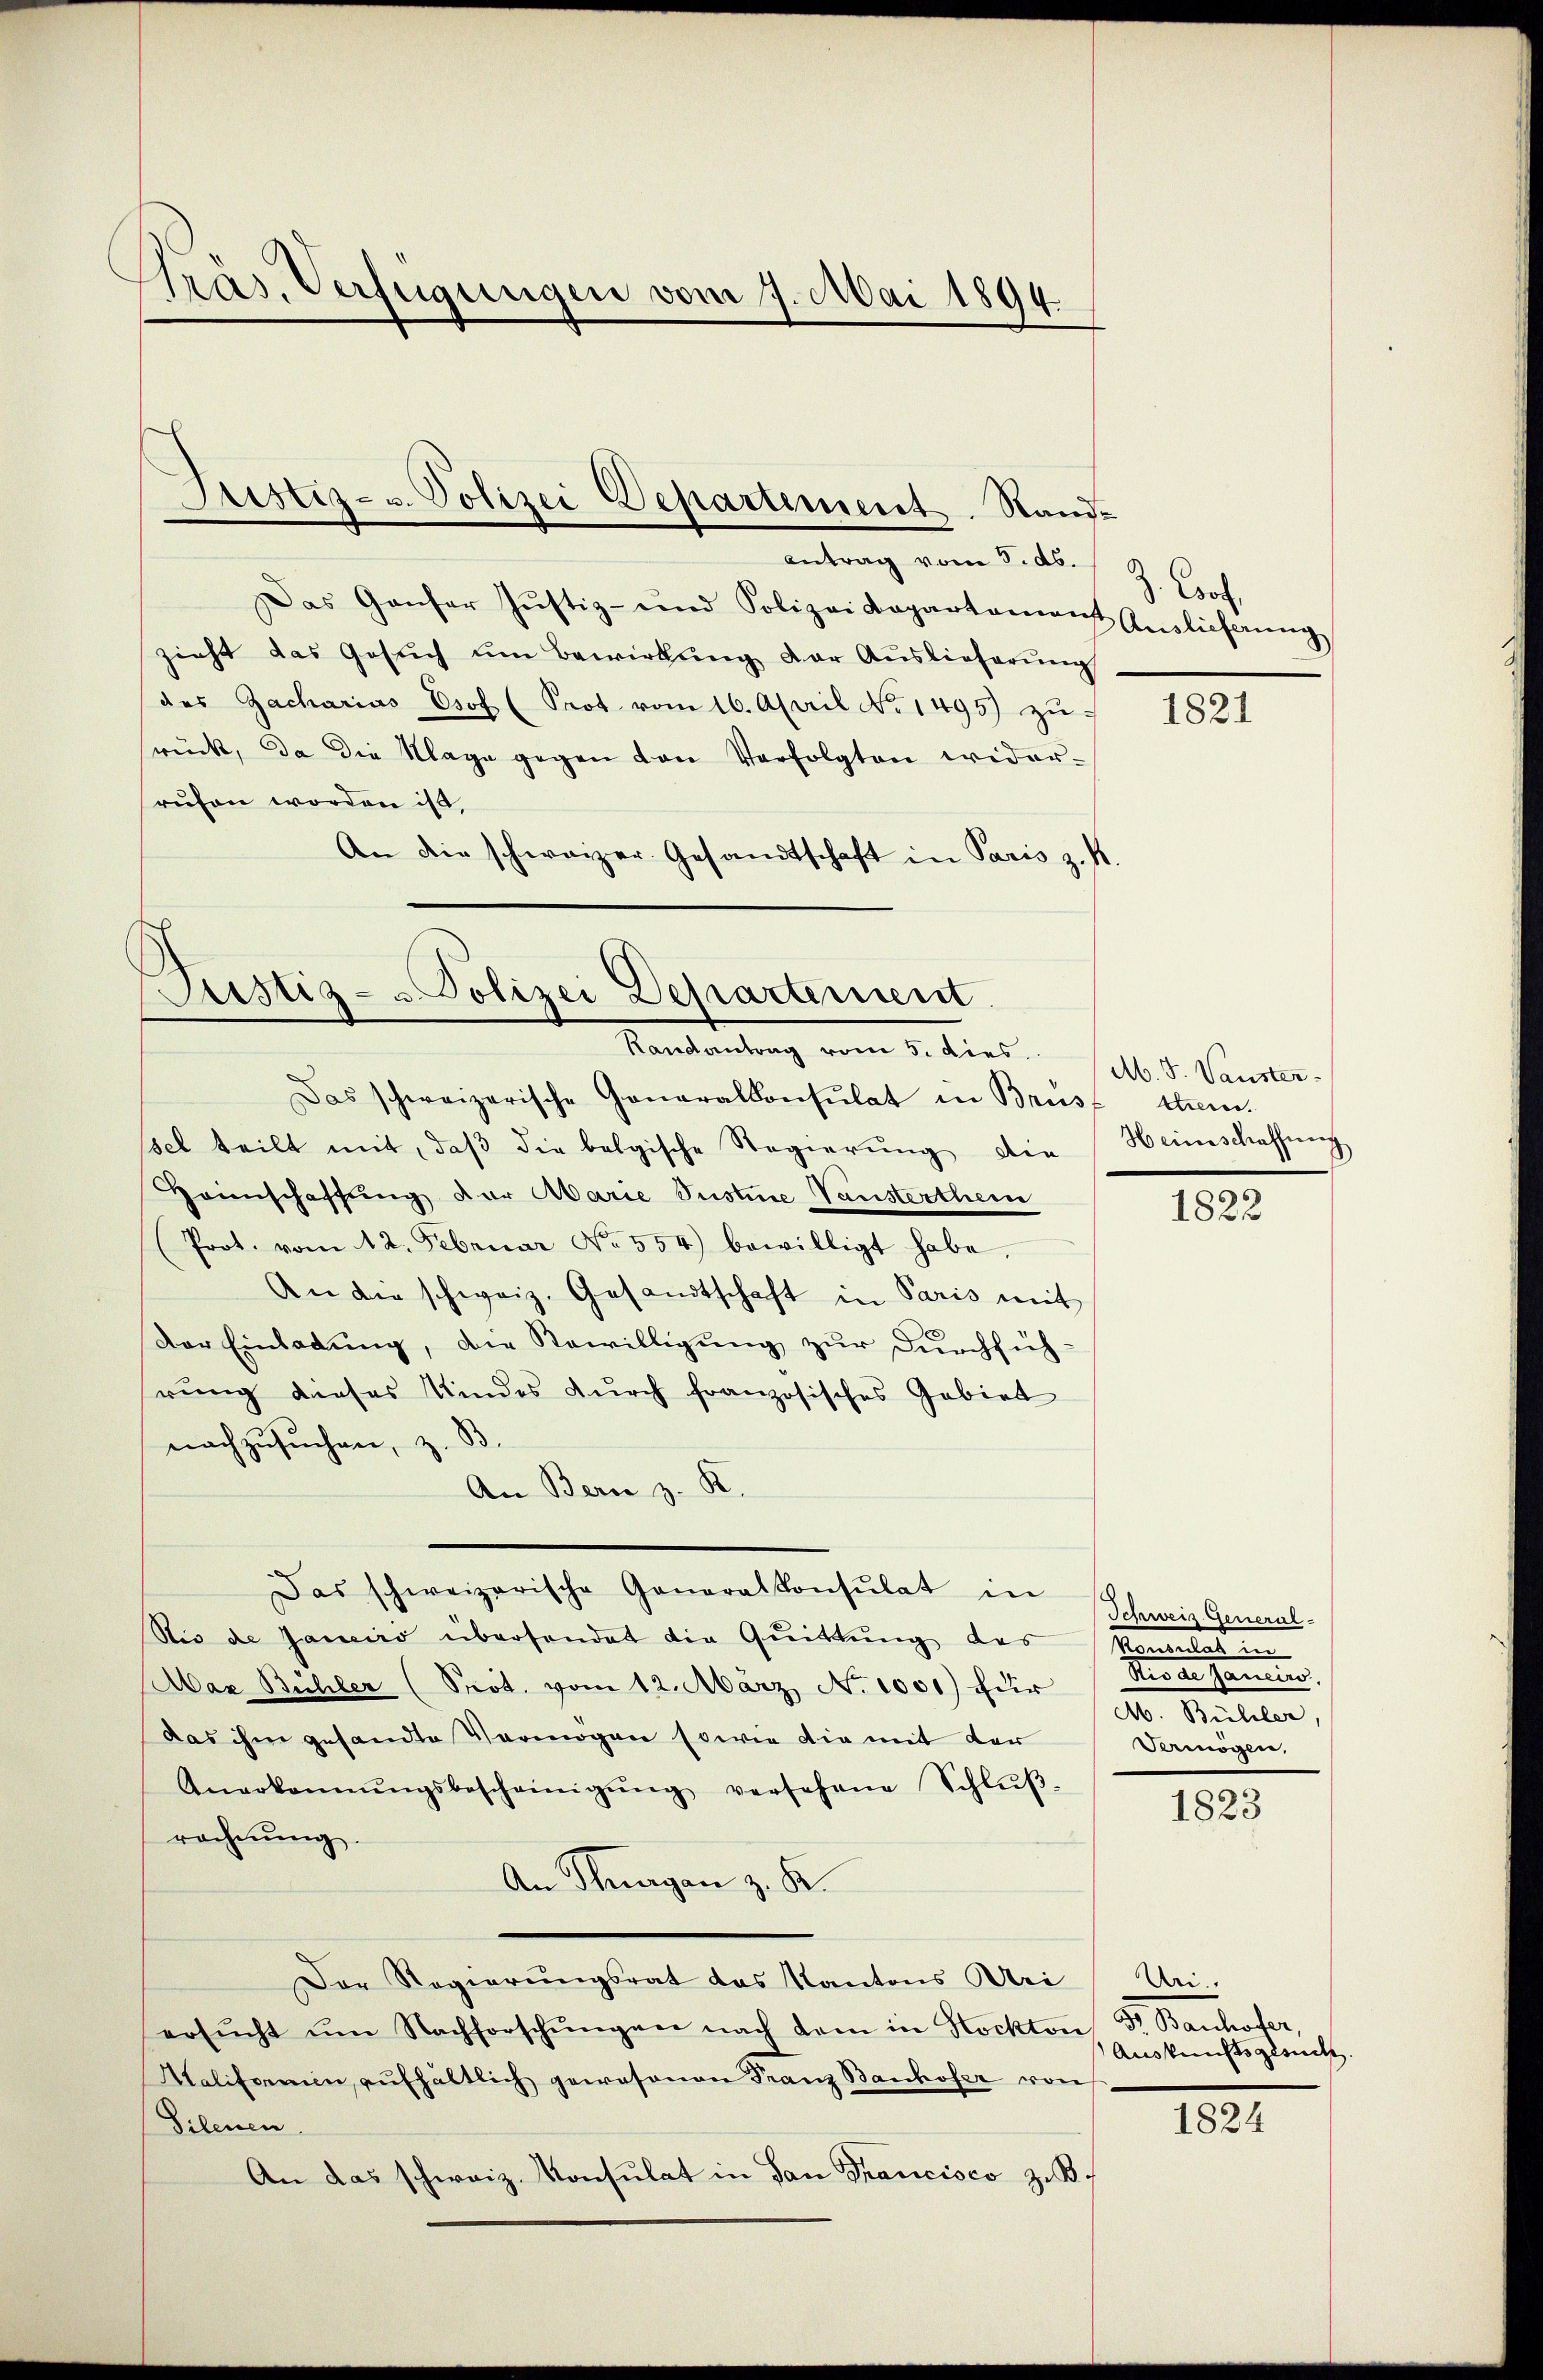
Gräs, Verfügungen vom 7. Mai 1894.

Antrag vom Rietlich G. Sache
Das Ganfer Justiz- und Polizei Kopartament Endlicherŭng
zieht das Gesŭch ŭm Bewirkung der Auslieferung
des Zacharias Esof (Prot vom 16. April No 1495) zu
srück, da die Klage gegen von Verfolgten widerrufen worden ist,
An die schweizer Gesandtschaft in Paris z. B.

Justiz- u. Polizei Departement. Stand-

Justiz- & Polizei Departement.
Randantrag vom 5. dies

Das schweizerische Generalkonsulat in Brüst tem
sel teilt mit, daβ die belgische Regierŭng die Heimschaffŭng
Heinschaffung der Marie Justine Vansterthein
Prot. vom 12. Februar No. 554) bewilligt habe,
An die schweiz. Gesandtschaft in Paris mit
Der Einladung, die Bewilligung zur Durchfüh-
rung dieses Kindes durch französisches Gebiet
nachzusuchen, z. B.
An Bern z. K.
Das schweizerische Generalkonsulat in sch
Sie de Janeiro überhandet die Quittung des
Mar Bühler (Prot. vom 12. März No 1001) für
das ihm gesandte Vermögen sowie die mit der
Anerkannŭngsbescheinigŭng versehene Schlŭβ-
rechnung.
An Thurgan z. K.
Der Regierungsrat das Kantons Uri Un-
ersŭcht ŭm Nachforschŭngen nach dem in Hockton
Aaliformen, aufhältlich gewesenen Franz Banhofer von
Silenen.
An das schweiz. Konsulat in San Francisco z.B.

1821

M. J. Vauster.

1822

Schweiz. General-
Kanales in
ee einer einen eine
A. Bühler
Vermögen,

1823

8. Manderher,
Auskunftsgesucht.

1824